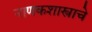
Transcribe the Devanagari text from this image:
नाणकशास्त्राचे